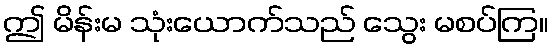
ဤ မိန်းမ သုံးယောက်သည် သွေး မစပ်ကြ။